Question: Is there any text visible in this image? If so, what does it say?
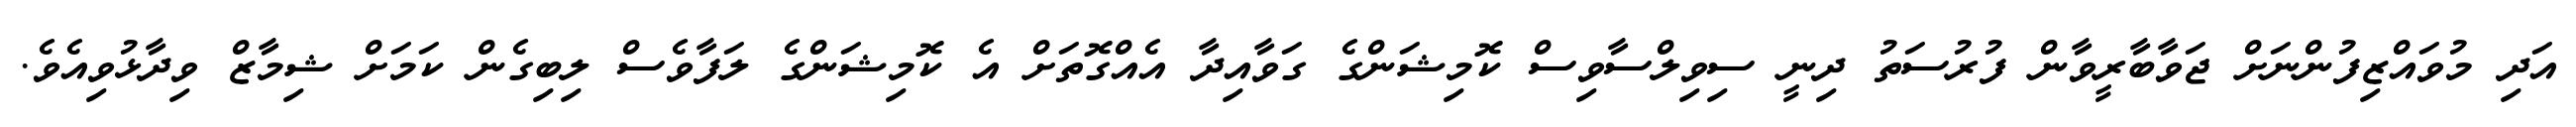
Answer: އަދި މުވައްޒިފުންނަށް ޖަވާބާރީވާން ފުރުސަތު ދިނީ ސިވިލްސާވިސް ކޮމިޝަންގެ ގަވާއިދާ އެއްގޮތަށް އެ ކޮމިޝަންގެ ލަފާވެސް ލިބިގެން ކަމަށް ޝިމާޒް ވިދާޅުވިއެވެ.